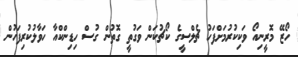
ހޯޒޭ މޮރީނިއޯ ވަކިކުރުމަށްފަހު ޗެލްސީގެ ކޯޗުކަން ވަގުތީ ގޮތުން ގުސް ހިޑިންކްއާ ހަވާލުކުރިފަހުން